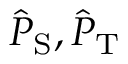
\hat { P } _ { \mathrm { S } } , \hat { P } _ { \mathrm { T } }